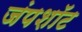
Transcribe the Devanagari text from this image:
जंपशॉट